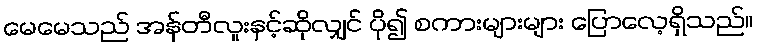
မေမေသည် အန်တီလူးနှင့်ဆိုလျှင် ပို၍ စကားများများ ပြောလေ့ရှိသည်။